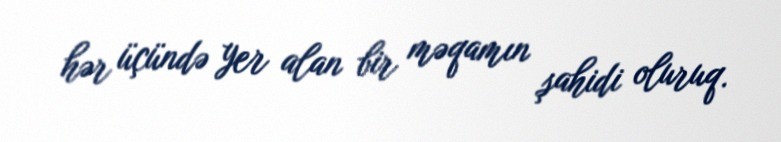
hər üçündə yer alan bir məqamın şahidi oluruq.